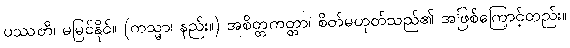
ပဿတိ၊ မမြင်နိုင်။ (ကသ္မာ၊ နည်း။) အစိတ္တကတ္တာ၊ စိတ်မဟုတ်သည်၏ အဖြစ်ကြောင့်တည်း။